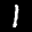
Label: 1